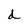
Character: d